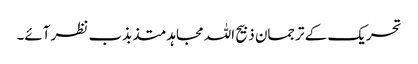
تحریک کے ترجمان ذبیح اللہ مجاہد متذبذب نظر آئے۔